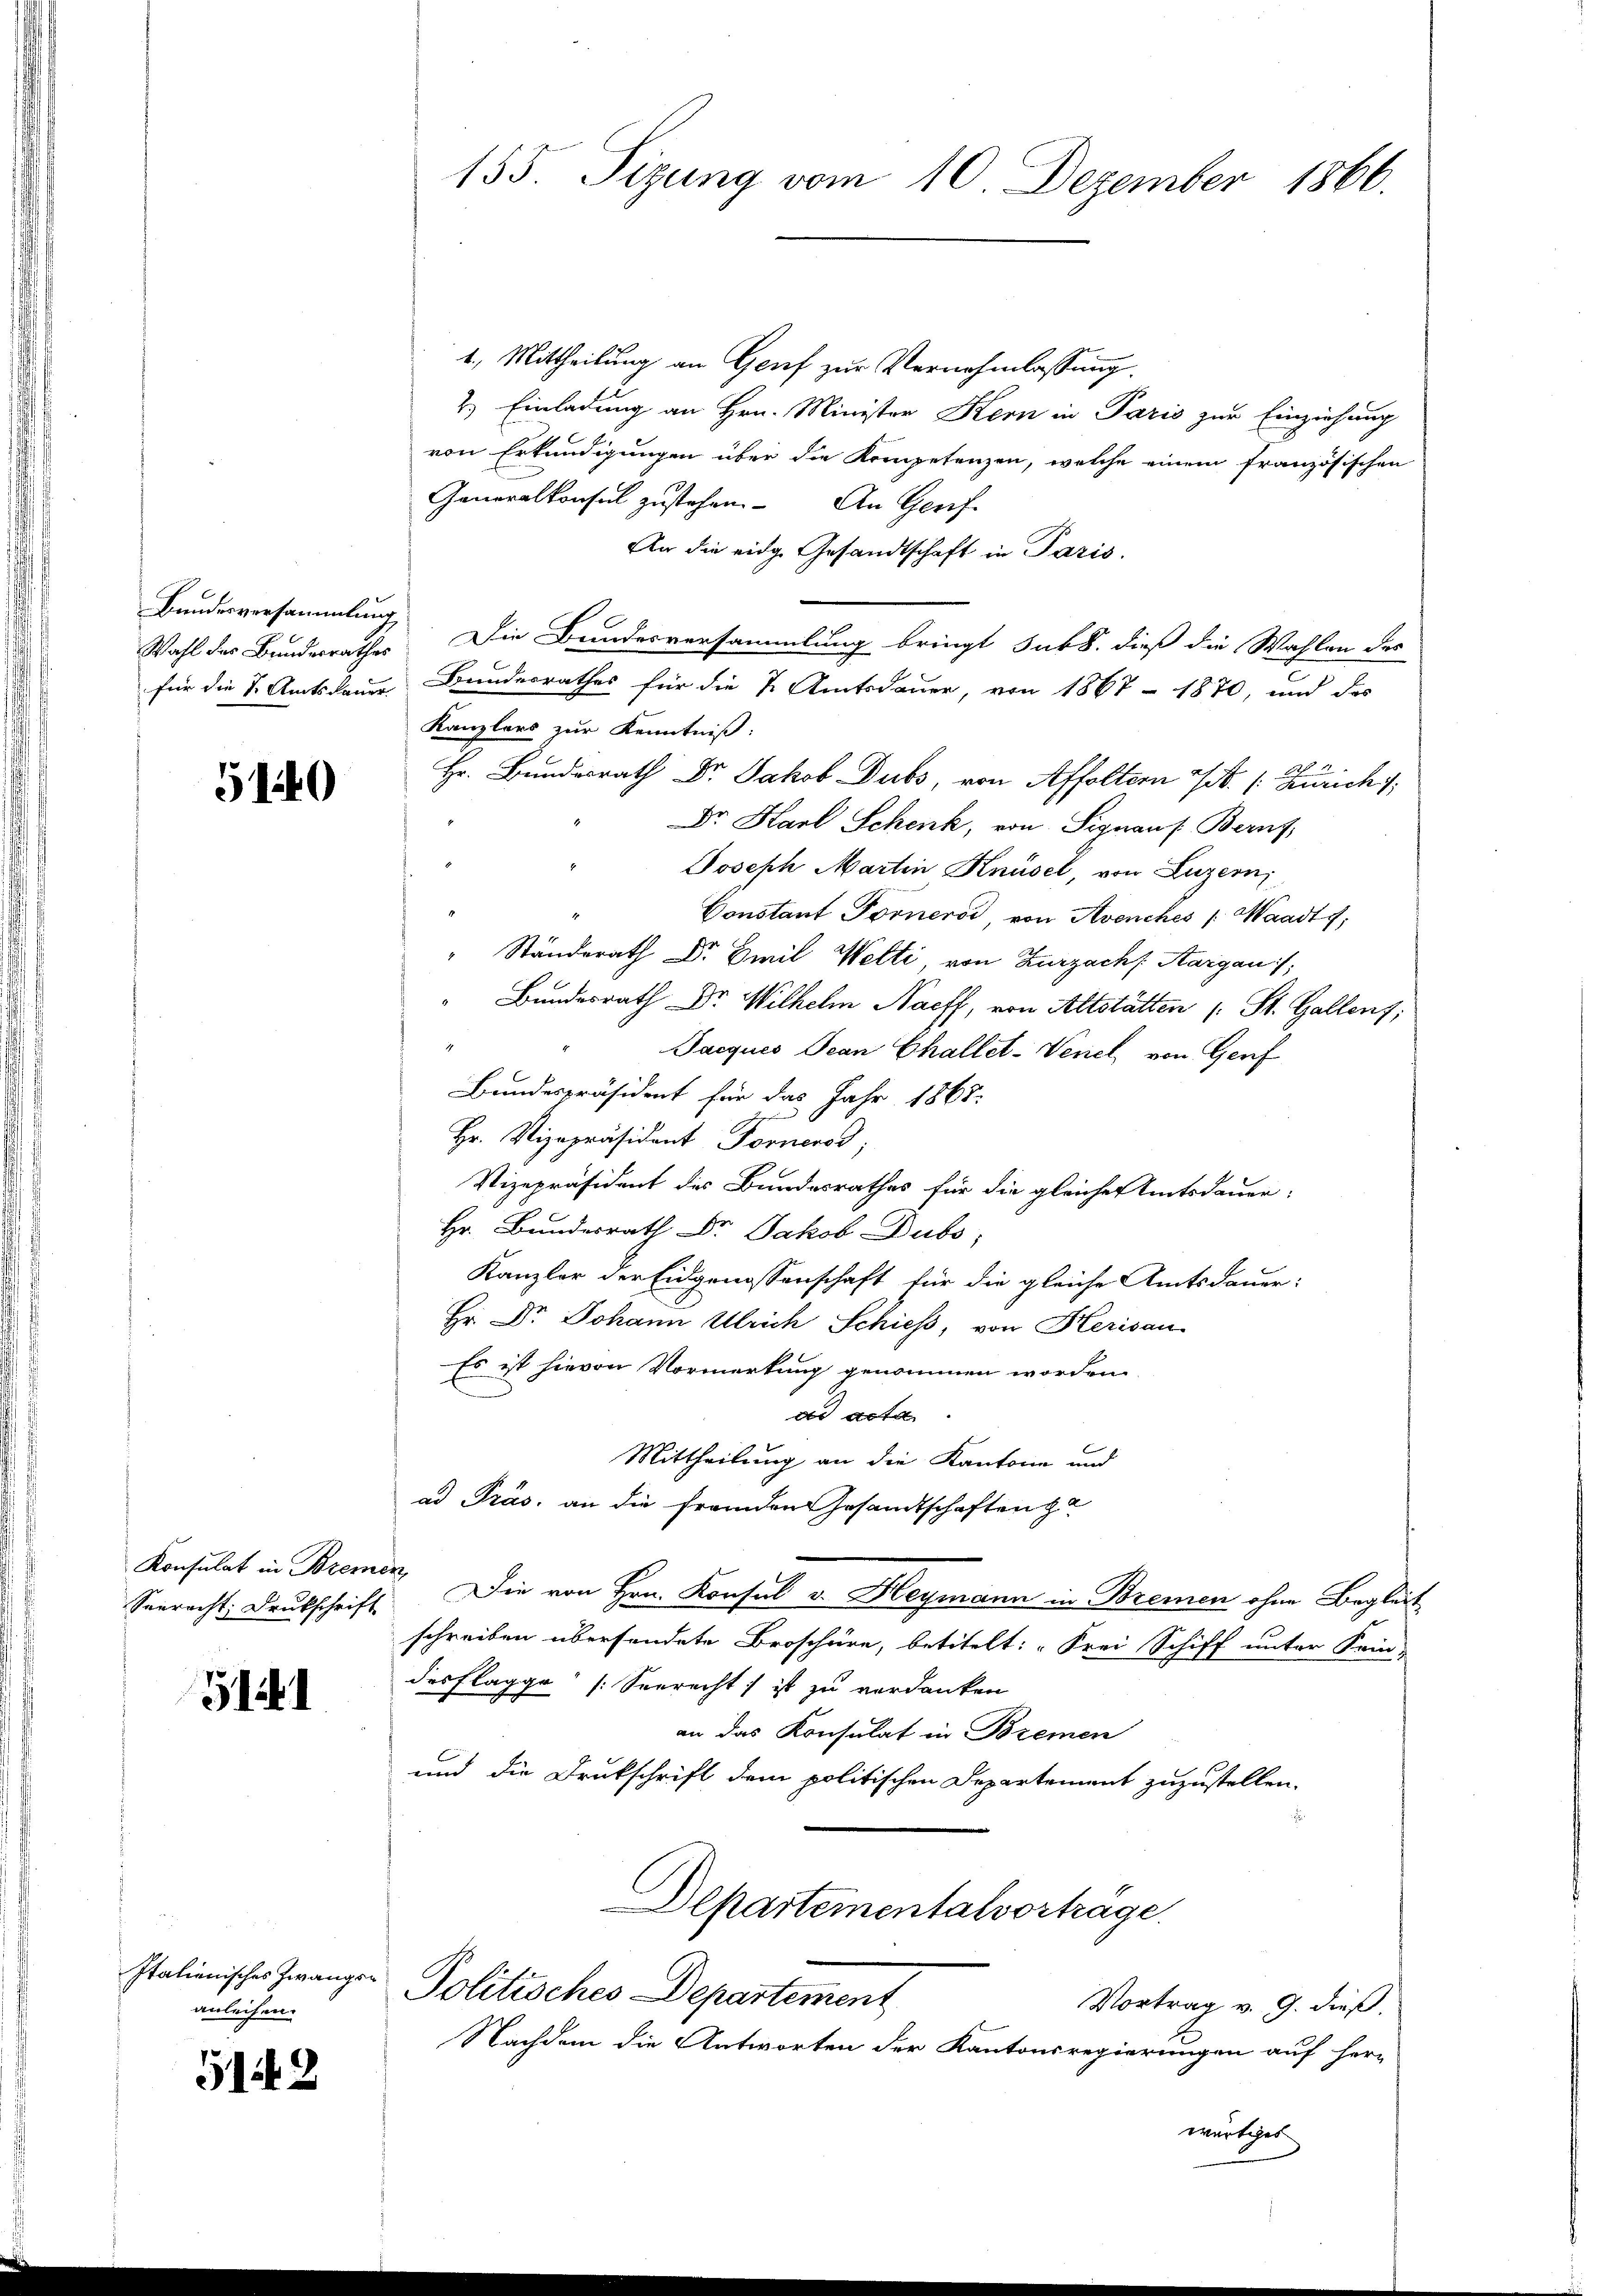
Bundesversammlung

5140

Konsulat in Bremen,

141

Italienisches Zwangse
anleihen.

5142

155. Sizung vom 10. Dezember 1866.

1. Mittheilung an Genf zur Vernehmlassung.
2.) Einladung an Hrn. Minister Kern in Paris zur Einziehung
von Erkundigungen über die Kompetenzen, welche einem französischen
Generalkonsul zustehen. An Gerif
An die eidg. Gesandtschaft in Pazis.
Wahl der Bundesrathes Die Bundesversammlung bringt sub b. dieß die Wahlen des
für die 1. Amtsdauer Bundesrathes für die 2. Amtsdauer, von 1867 - 1870, und das
Kanzlers zur Kenntniß:
Hr. Bundesrath Dr. Jakob Dubs, von Affoltern Tit. (: Zürich
Dr. Karl Schenk, von Signauf Beruf,
Joseph Martin Knüsel, von Luzern
Constant Fornerod, von Avenches /: Waadt f
" Ständerath Dr. Emil Welti, von Zurzach Aargau,
Bundesrath Dr. Wilhelm Nacff, von Altstätten (: St. Gallent;
Jacques Jean Challet-Venel von Genf
Bundespräsident für das Jahr 1868.
Hr. Vizepräsident Fornerod;
Vizepräsident des Bundesrathes für die gleicher Amtsdauer-
Hr. Bundesrath Dr. Jakob Dubs,
Kanzler der Eidgenossenschaft für die gleiche Amtsdauer:
Hr. Dr. Johann Ulrich Schiess, von Herisau
Es ist hievon Vormerkung genommen worden.
ds acta.
Mittheilung an die Kantone und
ad Präs. an die fremden Gesandtschaften za
Seeracht: Deutschrift. Die von Hrn. Konsul v. Heymann in Bremen ohne Begleit
schreiben übersendete Broschüre, betitelt: „Frei Schiff unter Kein-
des Flaggo“ [Seerecht ist zu verdanken
an das Konsulat in Bremen
und die Drukschrift dem politischen Departement zuzustellen.
Departeinentalvorträge.
Politisches Departement
Vortrag v. 9. dieß.
Nachdem die Antworten der Kantonsregierungen auf her-
wärtiges